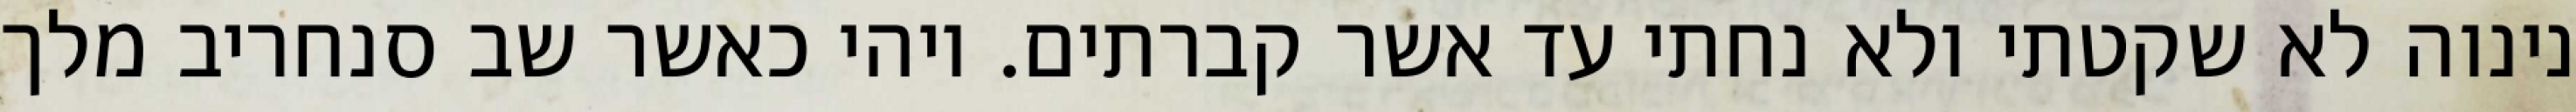
נינוה לא שקטתי ולא נחתי עד אשר קברתים. ויהי כאשר שב סנחריב מלך